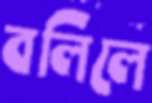
বলিলে